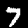
Digit: 7